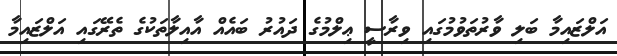
އަލްޒައިމާ ބަލި ވާރުތަވުމުގައި ވިރާސީ ޢިލްމުގެ ދައުރު ބައެއް އާއިލާތަކުގެ ތެރޭގައި އަލްޒައިމާ